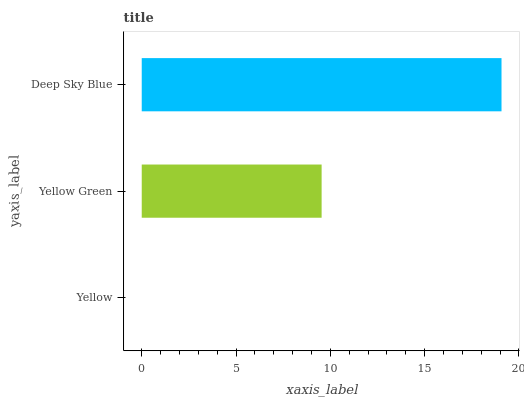
| yaxis_label | bars |
 | --- | --- |
 | Yellow | 0 |
 | Yellow Green | 9.54 |
 | Deep Sky Blue | 19.1 |